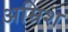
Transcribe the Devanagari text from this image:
अम्रिश